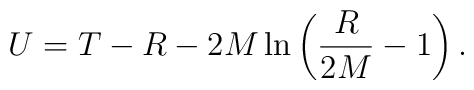
U = T - R - 2M\ln\left(\frac{R}{2M} -1\right).